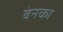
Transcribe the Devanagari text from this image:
बेनका